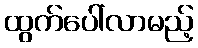
ထွက်ပေါ်လာမည့်